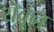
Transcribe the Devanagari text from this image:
यॆवून